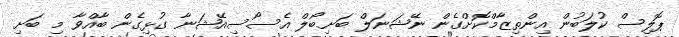
ޕޮލިސް ކުލަބުން އިންތިޒާމްކޮށްގެން ނޭޝަނަލް ބަށިބޯލް އެސޯސިއޭޝަނާ ގުޅިގެން ބާއްވާ މި ބަށި